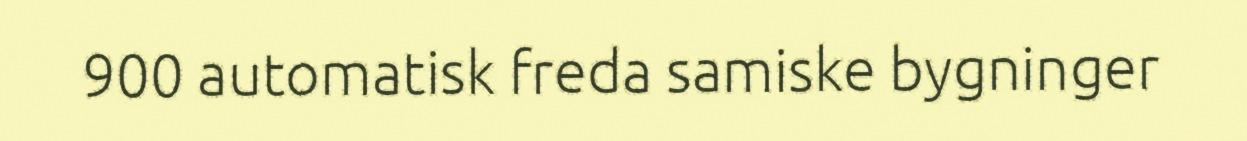
900 automatisk freda samiske bygninger